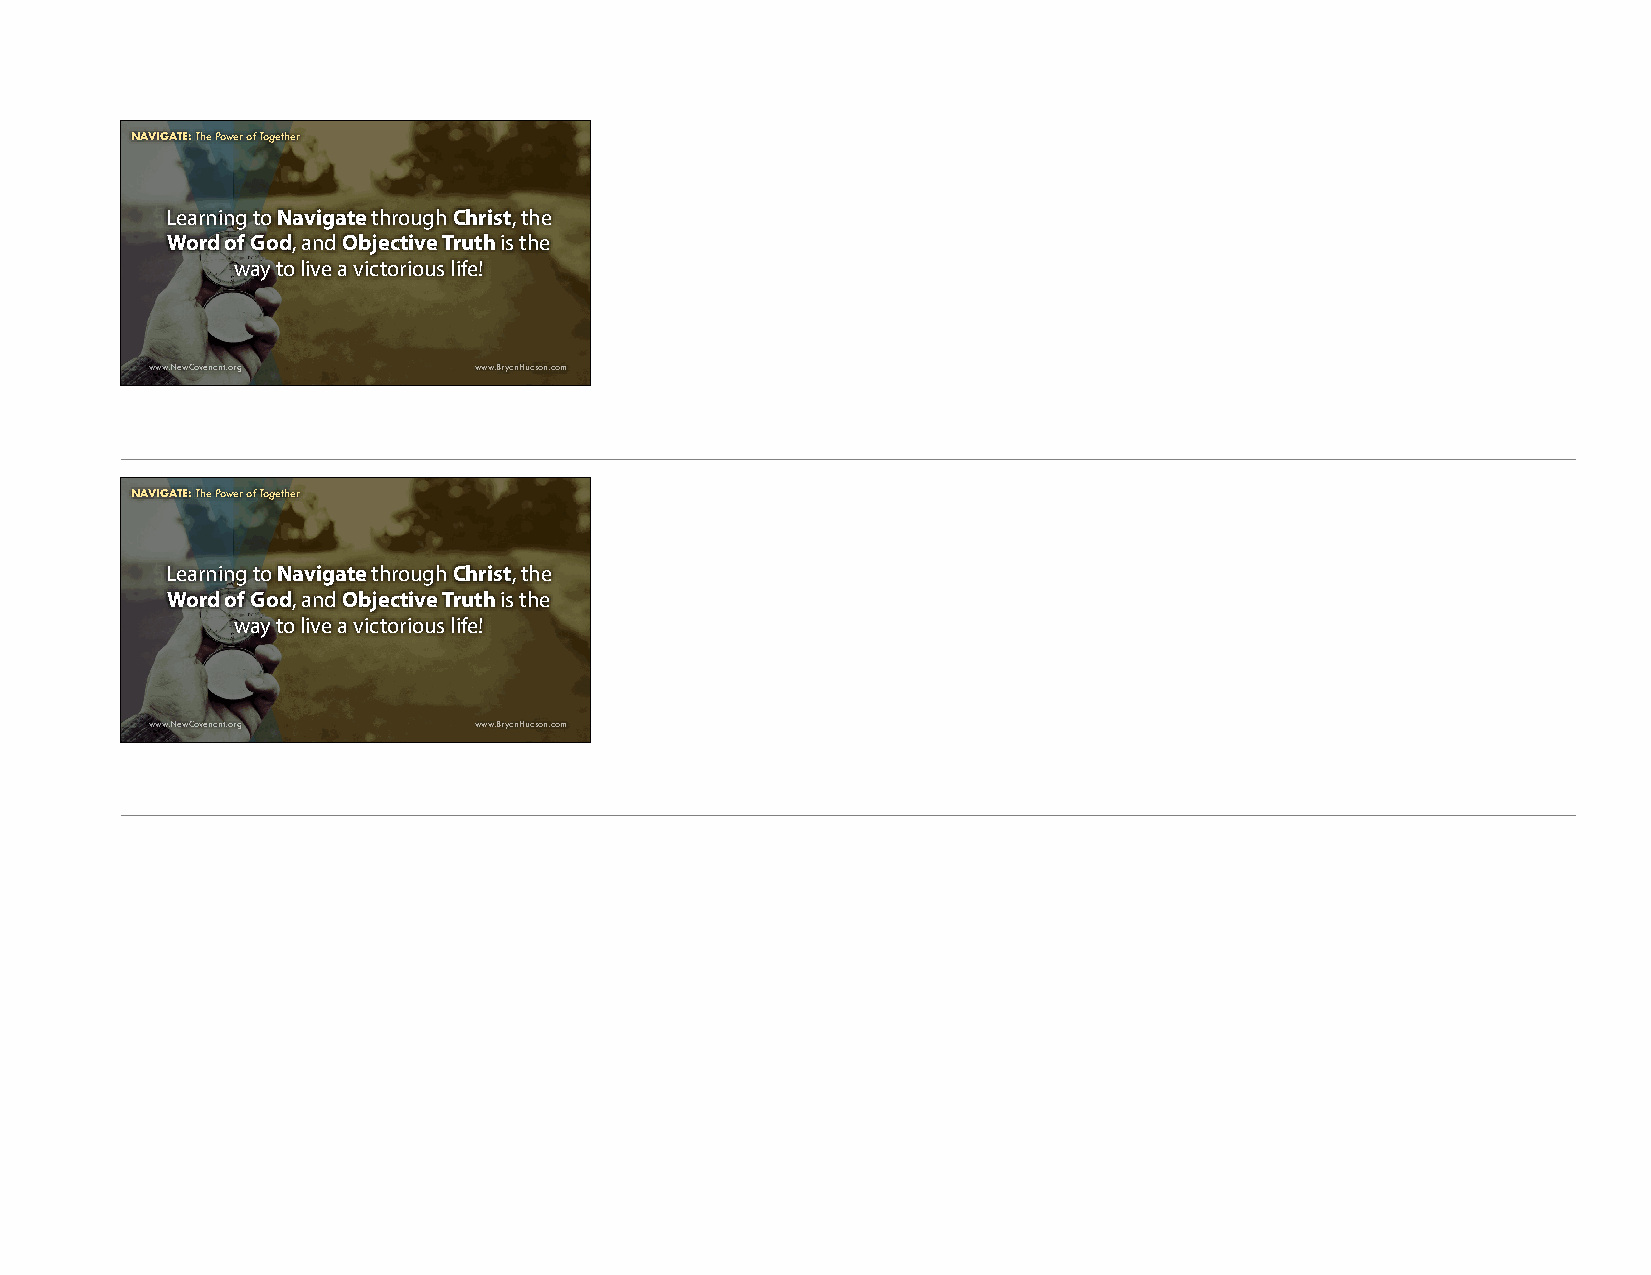
NNAAVIVGAIGTE:A HTowE :t oT Shuecc ePsosfwul eJoru ronfe yT Tohgroeugthh eLirfe and These Times
 Learning to Navigate through Christ, the
 Word of God, and Objective Truth is the
 way to live a victorious life!
 www.NewCovenant.org  www.BryanHudson.com
 NNAAVIVGAIGTE:A HTowE :t oT Shuecc ePsosfwul eJoru ronfe yT Tohgroeugthh eLirfe and These Times
 Learning to Navigate through Christ, the
 Word of God, and Objective Truth is the
 way to live a victorious life!
 www.NewCovenant.org  www.BryanHudson.com